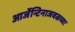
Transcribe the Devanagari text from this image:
आर्जेन्टिनाजवळच्या